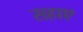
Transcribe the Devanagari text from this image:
सहाए